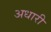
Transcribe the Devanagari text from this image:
अधारी